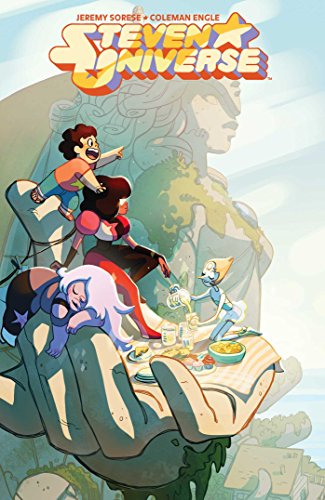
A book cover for Steven Universe Vol. 1; Jeremy Sorese; Children's Books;